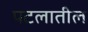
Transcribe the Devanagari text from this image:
पटलातील